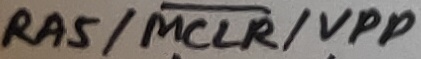
Text: RA5/MCLR/VPP